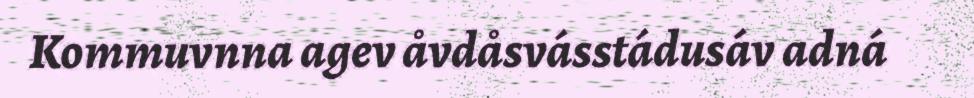
Kommuvnna agev åvdåsvásstádusáv adná